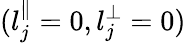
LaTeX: (l_{j}^{\parallel}=0,l_{j}^{\perp}=0)